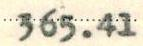
365.41